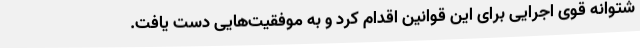
شتوانه قوی اجرایی برای این قوانین اقدام کرد و به موفقیت‌هایی دست یافت.